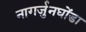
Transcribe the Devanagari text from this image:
नागर्जुनघोंडा